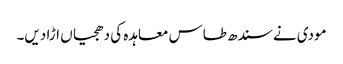
مودی نے سندھ طاس معاہدہ کی دھجیاں اڑا دیں۔